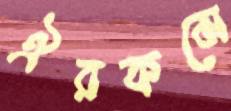
ঐরকমে